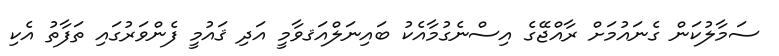
ސަމާލުކަން ގެނައުމަށް ރާއްޖޭގެ އިސްނެގުމާއެކު ބައިނަލްއަޤވާމީ އަދި ޤައުމީ ފެންވަރުގައި ތަފާތު އެކި